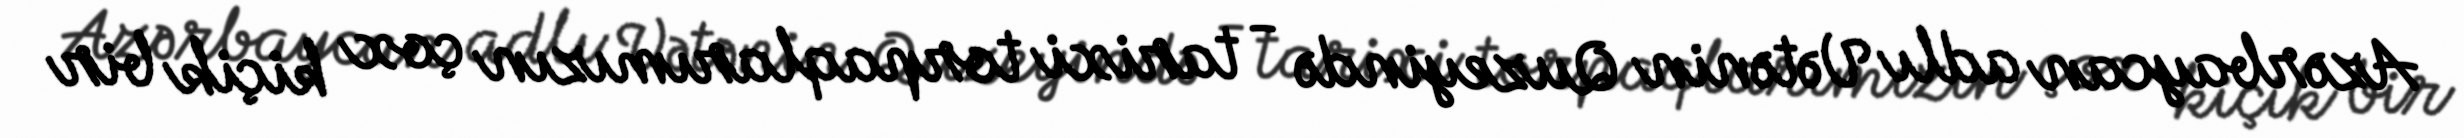
Azərbaycan adlı Vətənin Quzeyində - tarixi torpaqlarımızın çox kiçik bir